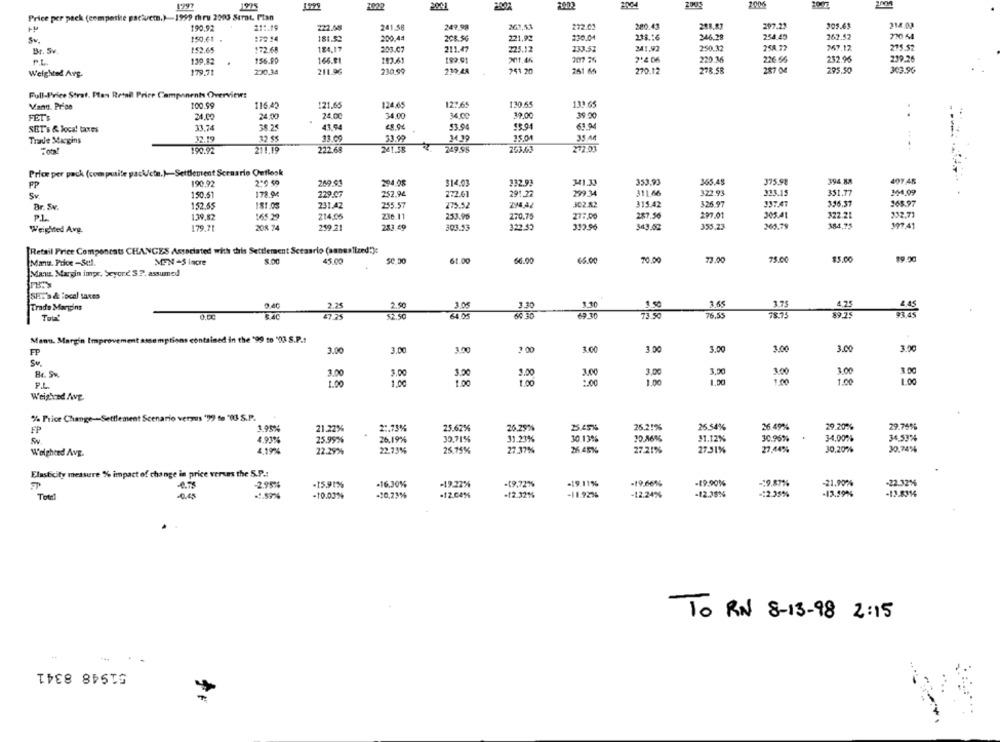
1925
1999
2028
2041
2002
2:006
Price per pack (composite pactucm.)-1999 thru 2003 Scrot. Plan
190,92
211.19
222.08
241.58
249.98
263,5%
272.69
280.41
297.23
105.63
314.02
150.61 .
:72 14
181.52
200.44
208.56
221,92
230.04
238.16
246.28
254.45
262.52
730 54
Sv.
Br. Sv
152.65
172.68
184.17
203.07
211.47
225.12
233.52
241,92
250.32
258.77
267.12
275 52
139.82
156.00
166.81
102.61
182 91
207 25
7:4 06
220.36
226.66
232.96
219.26
PL
Weighted Avg.
179.71
230,34
211.96
230.99
751 20
251 64
270.12
278 SB
287 04
295.50
303.96
Full-Price Strat. Plan Retail Price Components Overview:
121.65
124.65
12 :. 65
130.65
133.65
Vana. Price
100.99
116.42
FETA
24.00
24.00
24.00
34.00
34.00
39,00
39.00
38.2€
41.94
53.94
15.94
61.94
SET's & local taxes
Trade Margins
32.19
33.09
33.99
34.19
15.01
35 MM
222.68
241.58
749.98
263.43
272.03
211.19
Price per pack (compsite packctu.)-Settlement Scenario Outlook
FP
190.92
2-9 50
269 91
294.08
314.03
232.93
353,93
365.45
375.98
394.88
407.45
150.51
178.94
229.07
252.94
272.01
291.22
299.34
811.66
322.93
333.15
351.77
344,09
Sv.
Br. Sv.
152.55
181.03
231.42
255.57
275.52
294,42
JC2.82
315.42
326.97
336.37
365.97
PL
1.39,82
165.29
214.06
236.11
233.96
270.75
277.00
287.50
297.01
305,41
$22.21
332.71
Weighted Avg.
179.71
208 74
259.21
283.49
303.53
322.53
313.96
343.52
355.23
161.79
384,75
197.41
[Retail Price Components CHANGES Associated with this Settlement Sceaario (annualized:):
45.00
50.30
61 00
66.00
16.00
70.00
73.00
75.00
$5.00
Manu. Price-Self.
MYN -S incre
Man. Margin impr, Seyord'S ?. assumed
SHE'S& local taxes
2.25
2.00
3.05
3.30
3.10
3.65
Trade Margins
1.50
3.75
Tout
47.25
52.50
64 05
64 30
69.30
73.50
76,55
Manu. Marg'n Improvements
contained in the '99 to '03 S.P .:
3.00
3.00
1.00
3.00
3.00
3.00
3.00
30
FP
3.00
Sv.
3.00
3.00
1.00
3.00
3.00
3,50
300
3.00
3.00
3.00
P.L.
1.00
1.00
1.00
1.00
2.00
1.00
1,50
1.00
1.00
1.00
Weighed Awe
% Price Change -- Settlement Scenario verzus '"9 to '( S.P.
FP
21.22%
2 :. 73%
25.62%
20.25%
25.45%5
25.21%
25.54%
26.49%
29.20%
29.76%
30,71%
31.23%
30.13%
30.46%%
11.12%
30.96%
34,007%
34,53%
4.9394
25.99%
26.19%
Wolgheed Avg.
4.19%
22.29%
22.73%
25.75%
27.37%
26 45%%
27.21%
27.51%
27.44%
30,20%
30.74%
Elasticity measure % impact of change in price verun the 5.P .:
-15.91%%
-16.30%
-19.22%
-19.72%
-19.11%
-19,66%
-19.90%
-$9.87%
-21.90%
-22.32%
-4.78
-2.95
Total
-10.03%
-10.23%
.12.04%
-12.32%
-11.923%
-12.24%
-12.35%
=: 2.35%
-12.39%
-13.8314
To RN 8-13-98 2:15
51948 8341
FF